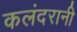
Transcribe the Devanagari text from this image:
कलंदरानी